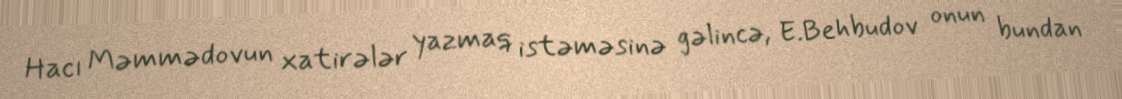
Hacı Məmmədovun xatirələr yazmaq istəməsinə gəlincə, E.Behbudov onun bundan